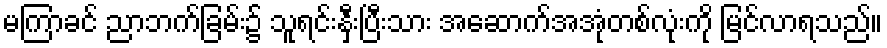
မကြာခင် ညာဘက်ခြမ်း၌ သူရင်းနှီးပြီးသား အဆောက်အအုံတစ်လုံးကို မြင်လာရသည်။